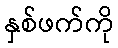
နှစ်ဖက်ကို